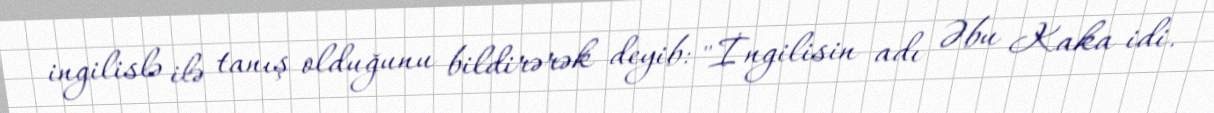
ingilislə ilə tanış olduğunu bildirərək deyib: "İngilisin adı Əbu Kaka idi.